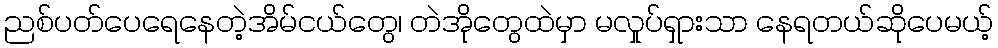
ညစ်ပတ်ပေရေနေတဲ့အိမ်ငယ်တွေ၊ တဲအိုတွေထဲမှာ မလှုပ်ရှားသာ နေရတယ်ဆိုပေမယ့်